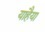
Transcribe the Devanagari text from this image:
याहैया